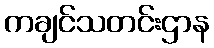
ကချင်သတင်းဌာန